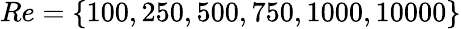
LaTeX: Re=\{ 100,250,500,750,1000,10000\}